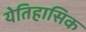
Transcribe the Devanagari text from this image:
येतिहासिक